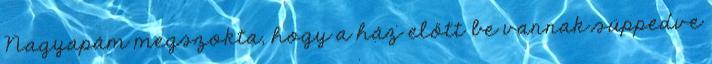
Nagyapám megszokta, hogy a ház előtt be vannak süppedve